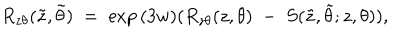
R _ { z \theta } ( \tilde { z } , \tilde { \theta } ) \; = \; \exp { ( 3 w ) } ( R _ { z \theta } ( z , \theta ) \; - \; \nonumber S ( \tilde { z } , \tilde { \theta } ; z , \theta ) ) ,